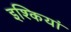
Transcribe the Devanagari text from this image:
इश्कियां